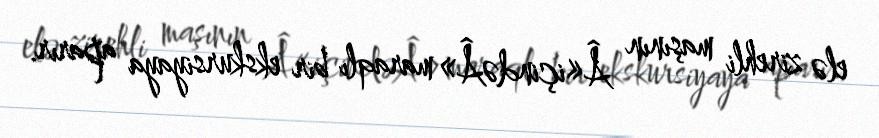
elə zirehli maşının Â«içindəÂ» maraqlı bir ekskursiyaya aparır.